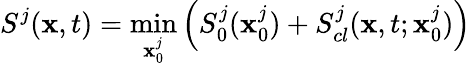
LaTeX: S^{j}(\textbf{x},t)=\operatorname*{min}_{\textbf{x}_{0}^{j}}\left(S_{0}^{j}(\textbf{x}_{0}^{j})+S_{cl}^{j}(\textbf{x},t;\textbf{x}_{0}^{j})\right)